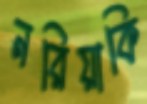
নরিয়াকি